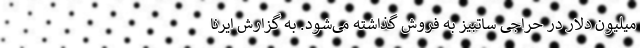
میلیون دلار در حراجی ساتبیز به فروش گذاشته می‌شود. به گزارش ایرنا